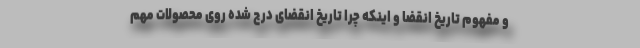
و مفهوم تاریخ انقضا و اینکه چرا تاریخ انقضای درج شده روی محصولات مهم